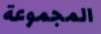
المجموعة